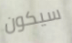
سيكون